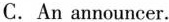
C.An announcer.